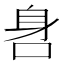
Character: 𨈖